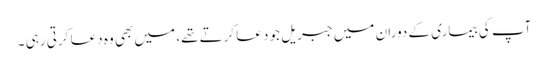
آپ کی بیماری کے دوران میں جبریل جو دعا کرتے تھے، میں بھی وہ دعا کرتی رہی ۔